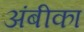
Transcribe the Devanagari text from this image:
अंबीका